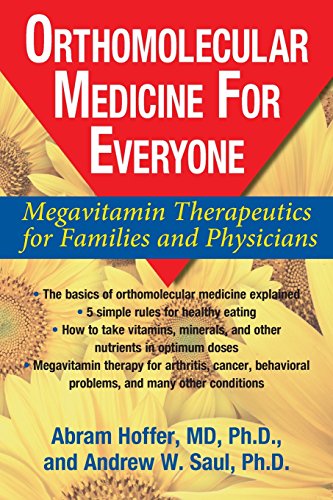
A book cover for Orthomolecular Medicine For Everyone: Megavitamin Therapeutics for Families and Physicians; Abram Hoffer; Health, Fitness & Dieting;